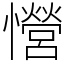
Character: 𢥏